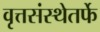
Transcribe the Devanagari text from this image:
वृत्तसंस्थेतर्फे